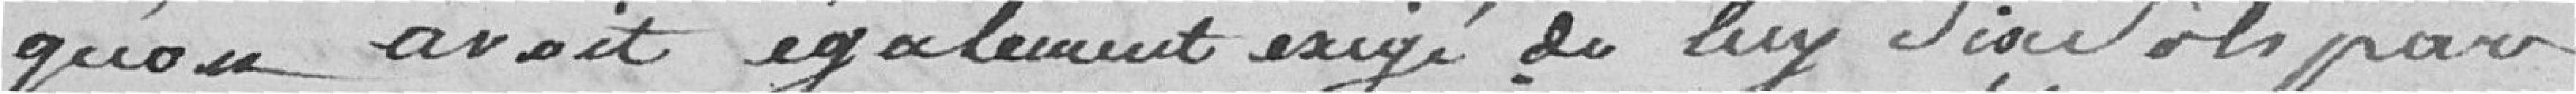
qu'on avait également exigé de luy six sols par